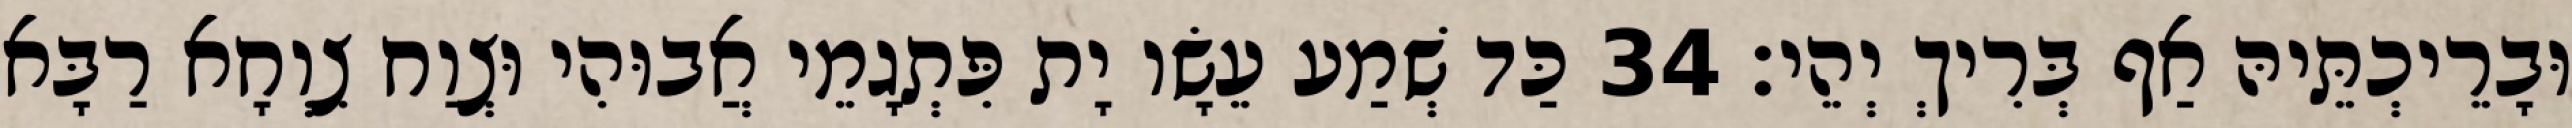
וּבָרֵיכְתֵּיהּ אַף בְּרִיךְ יְהֵי׃ 34 כַּד שְׁמַע עֵשָׂו יָת פִּתְגָמֵי אֲבוּהִי וּצְוַח צִוְחָא רַבָּא